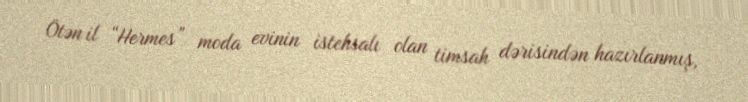
Ötən il “Hermes” moda evinin istehsalı olan timsah dərisindən hazırlanmış,